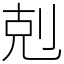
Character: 剋